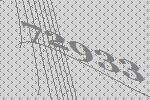
72933